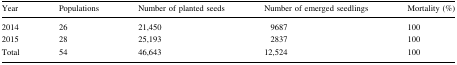
| Year | Populations | Number of planted seeds | Number of emerged seedlings | Mortality (%) |
 | --- | --- | --- | --- | --- |
 | 2014 | 26 | 21,450 | 9687 | 100 |
 | 2015 | 28 | 25,193 | 2837 | 100 |
 | Total | 54 | 46,643 | 12,524 | 100 |